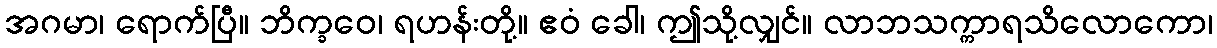
အဂမာ၊ ရောက်ပြီ။ ဘိက္ခဝေ၊ ရဟန်းတို့။ ဧဝံ ခေါ၊ ဤသို့လျှင်။ လာဘသက္ကာရသိလောကော၊